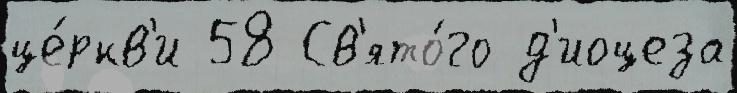
це́ркв'и 58 Св'ято́го д'иоцеза